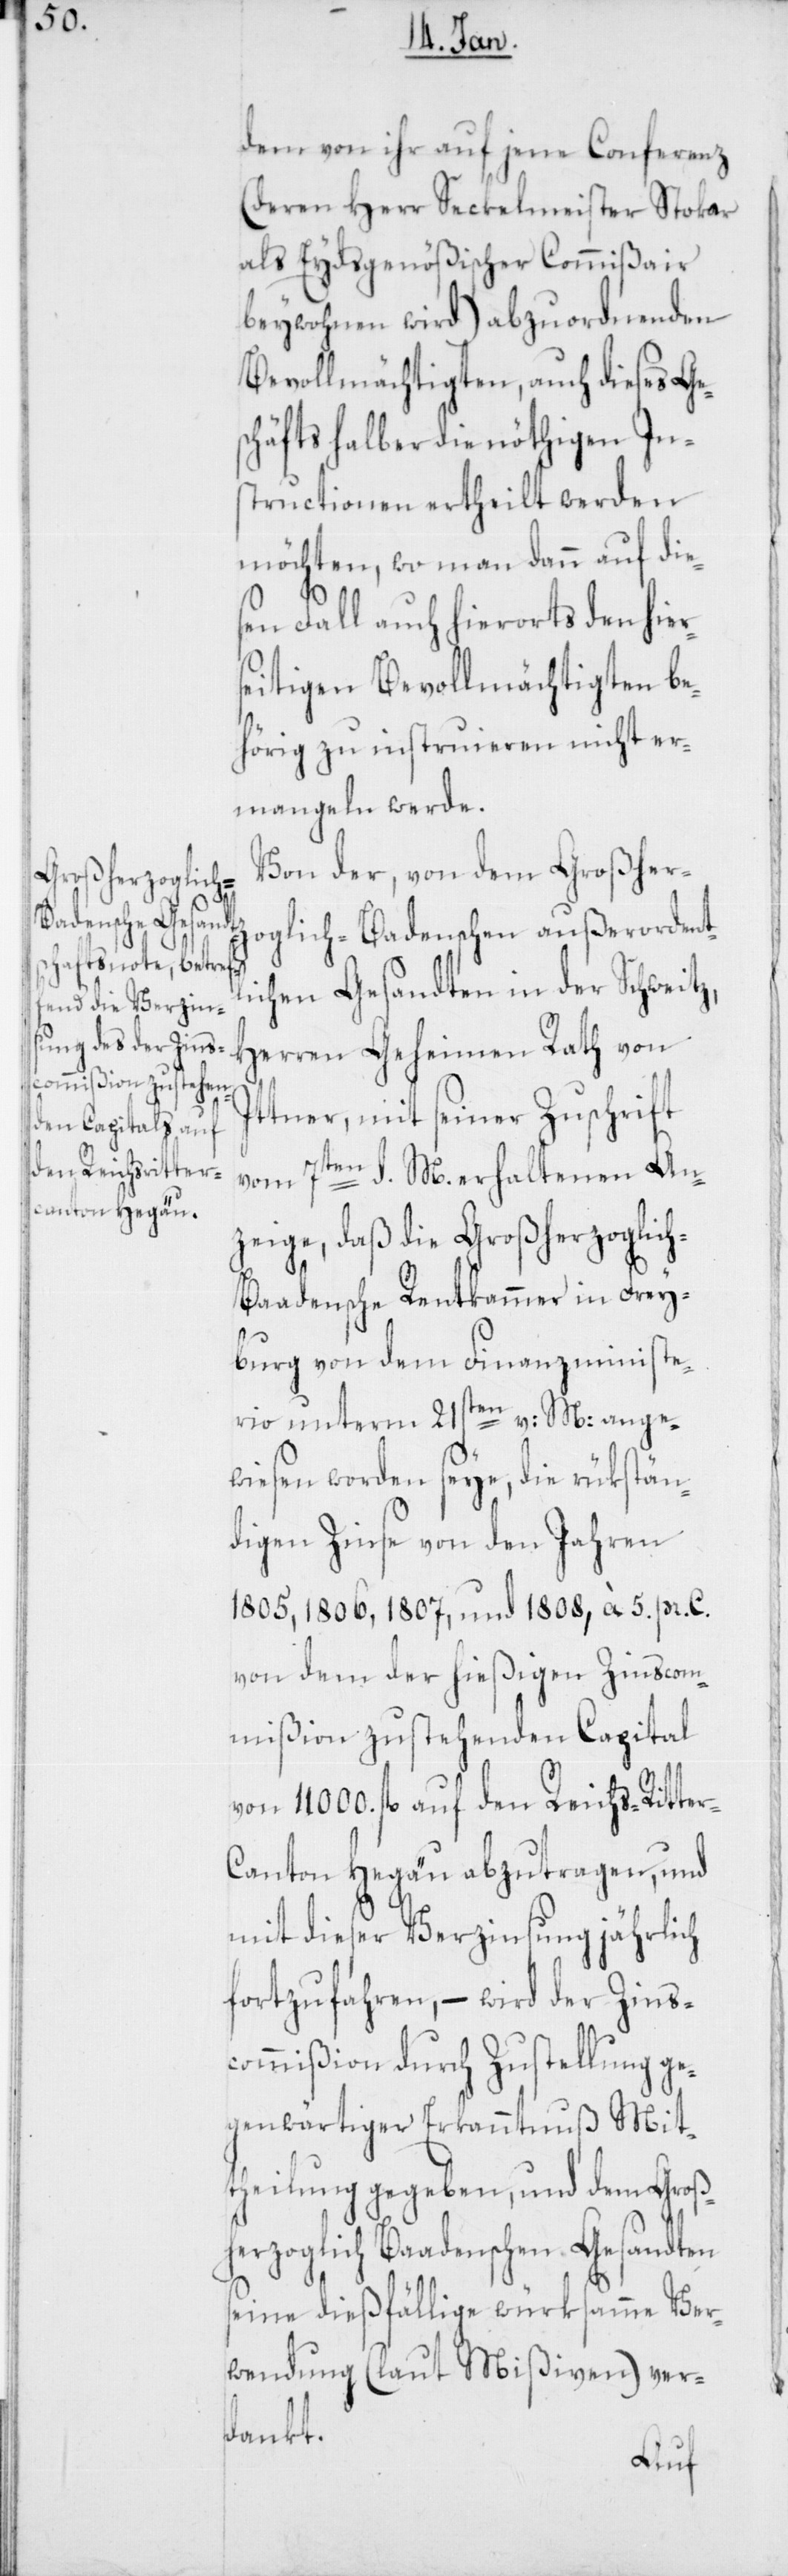
den Reichs-Ritter-C¬

dem von ihr auf jene Conferenz
(deren Herr Seckelmeister Stokar
als Eydsgenößischer Commissair
beywohnen wird) abzuordnenden
Bevollmächtigten, auch dieses Ge¬
schäfts halber die nöthigen In¬
structionen ertheilt werden
möchten, wo man dann auf die¬
sen Fall auch hierorts den hier¬
seitigen Bevollmächtigten be¬
hörig zu instruieren nicht er¬
mangeln werde.
Von der, von dem Großherz¬
oglich-Badenschen außerordent¬
lichen Gesandten in der Schweitz,
Herren Geheimen Rath von
Ittner, mit seiner Zuschrift
vom 7ten d. M. erhaltenen An¬
zeige, daß die Großherzoglic¬
h-Badensche Rentkammer in Frey¬
burg von dem Finanzministe¬
rio unterm 21sten v: M: ange¬
wiesen worden seye, die rükstän¬
digen Zinse von den Jahren
1805, 1806, 1807, und 1808, à 5% pr. c.
von dem der hießigen Zinscom¬
mißion zustehenden Capital
anton Hegäu abzutragen, und
mit dieser Verzinsung jährlich
fortzufahren, – wird der Zins¬
commißion durch Zustellung ge¬
genwärtiger Erkanntnuß Mit¬
theilung gegeben, und dem Groß¬
herzoglich Badenschen Gesandten
seine dießfällige würksame Ver¬
wendung (laut Mißiven) ver¬
dankt.
auf